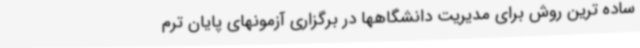
ساده ترین روش برای مدیریت دانشگاهها در برگزاری آزمونهای پایان ترم